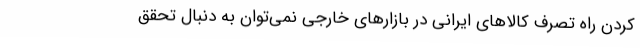
کردن راه تصرف کالاهای ایرانی در بازارهای خارجی نمی‌توان به دنبال تحقق